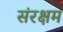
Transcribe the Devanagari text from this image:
संरक्षम